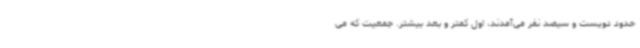
حدود دویست و سیصد نفر می‌آمدند، اول کمتر و بعد بیشتر. جمعیت که می